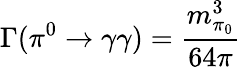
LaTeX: \Gamma(\pi^{0}\rightarrow\gamma\gamma)=\frac{m_{\pi_{0}}^{3}}{64\pi}